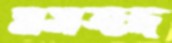
মসজদ